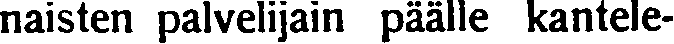
naisten palvelijain päälle kantele-